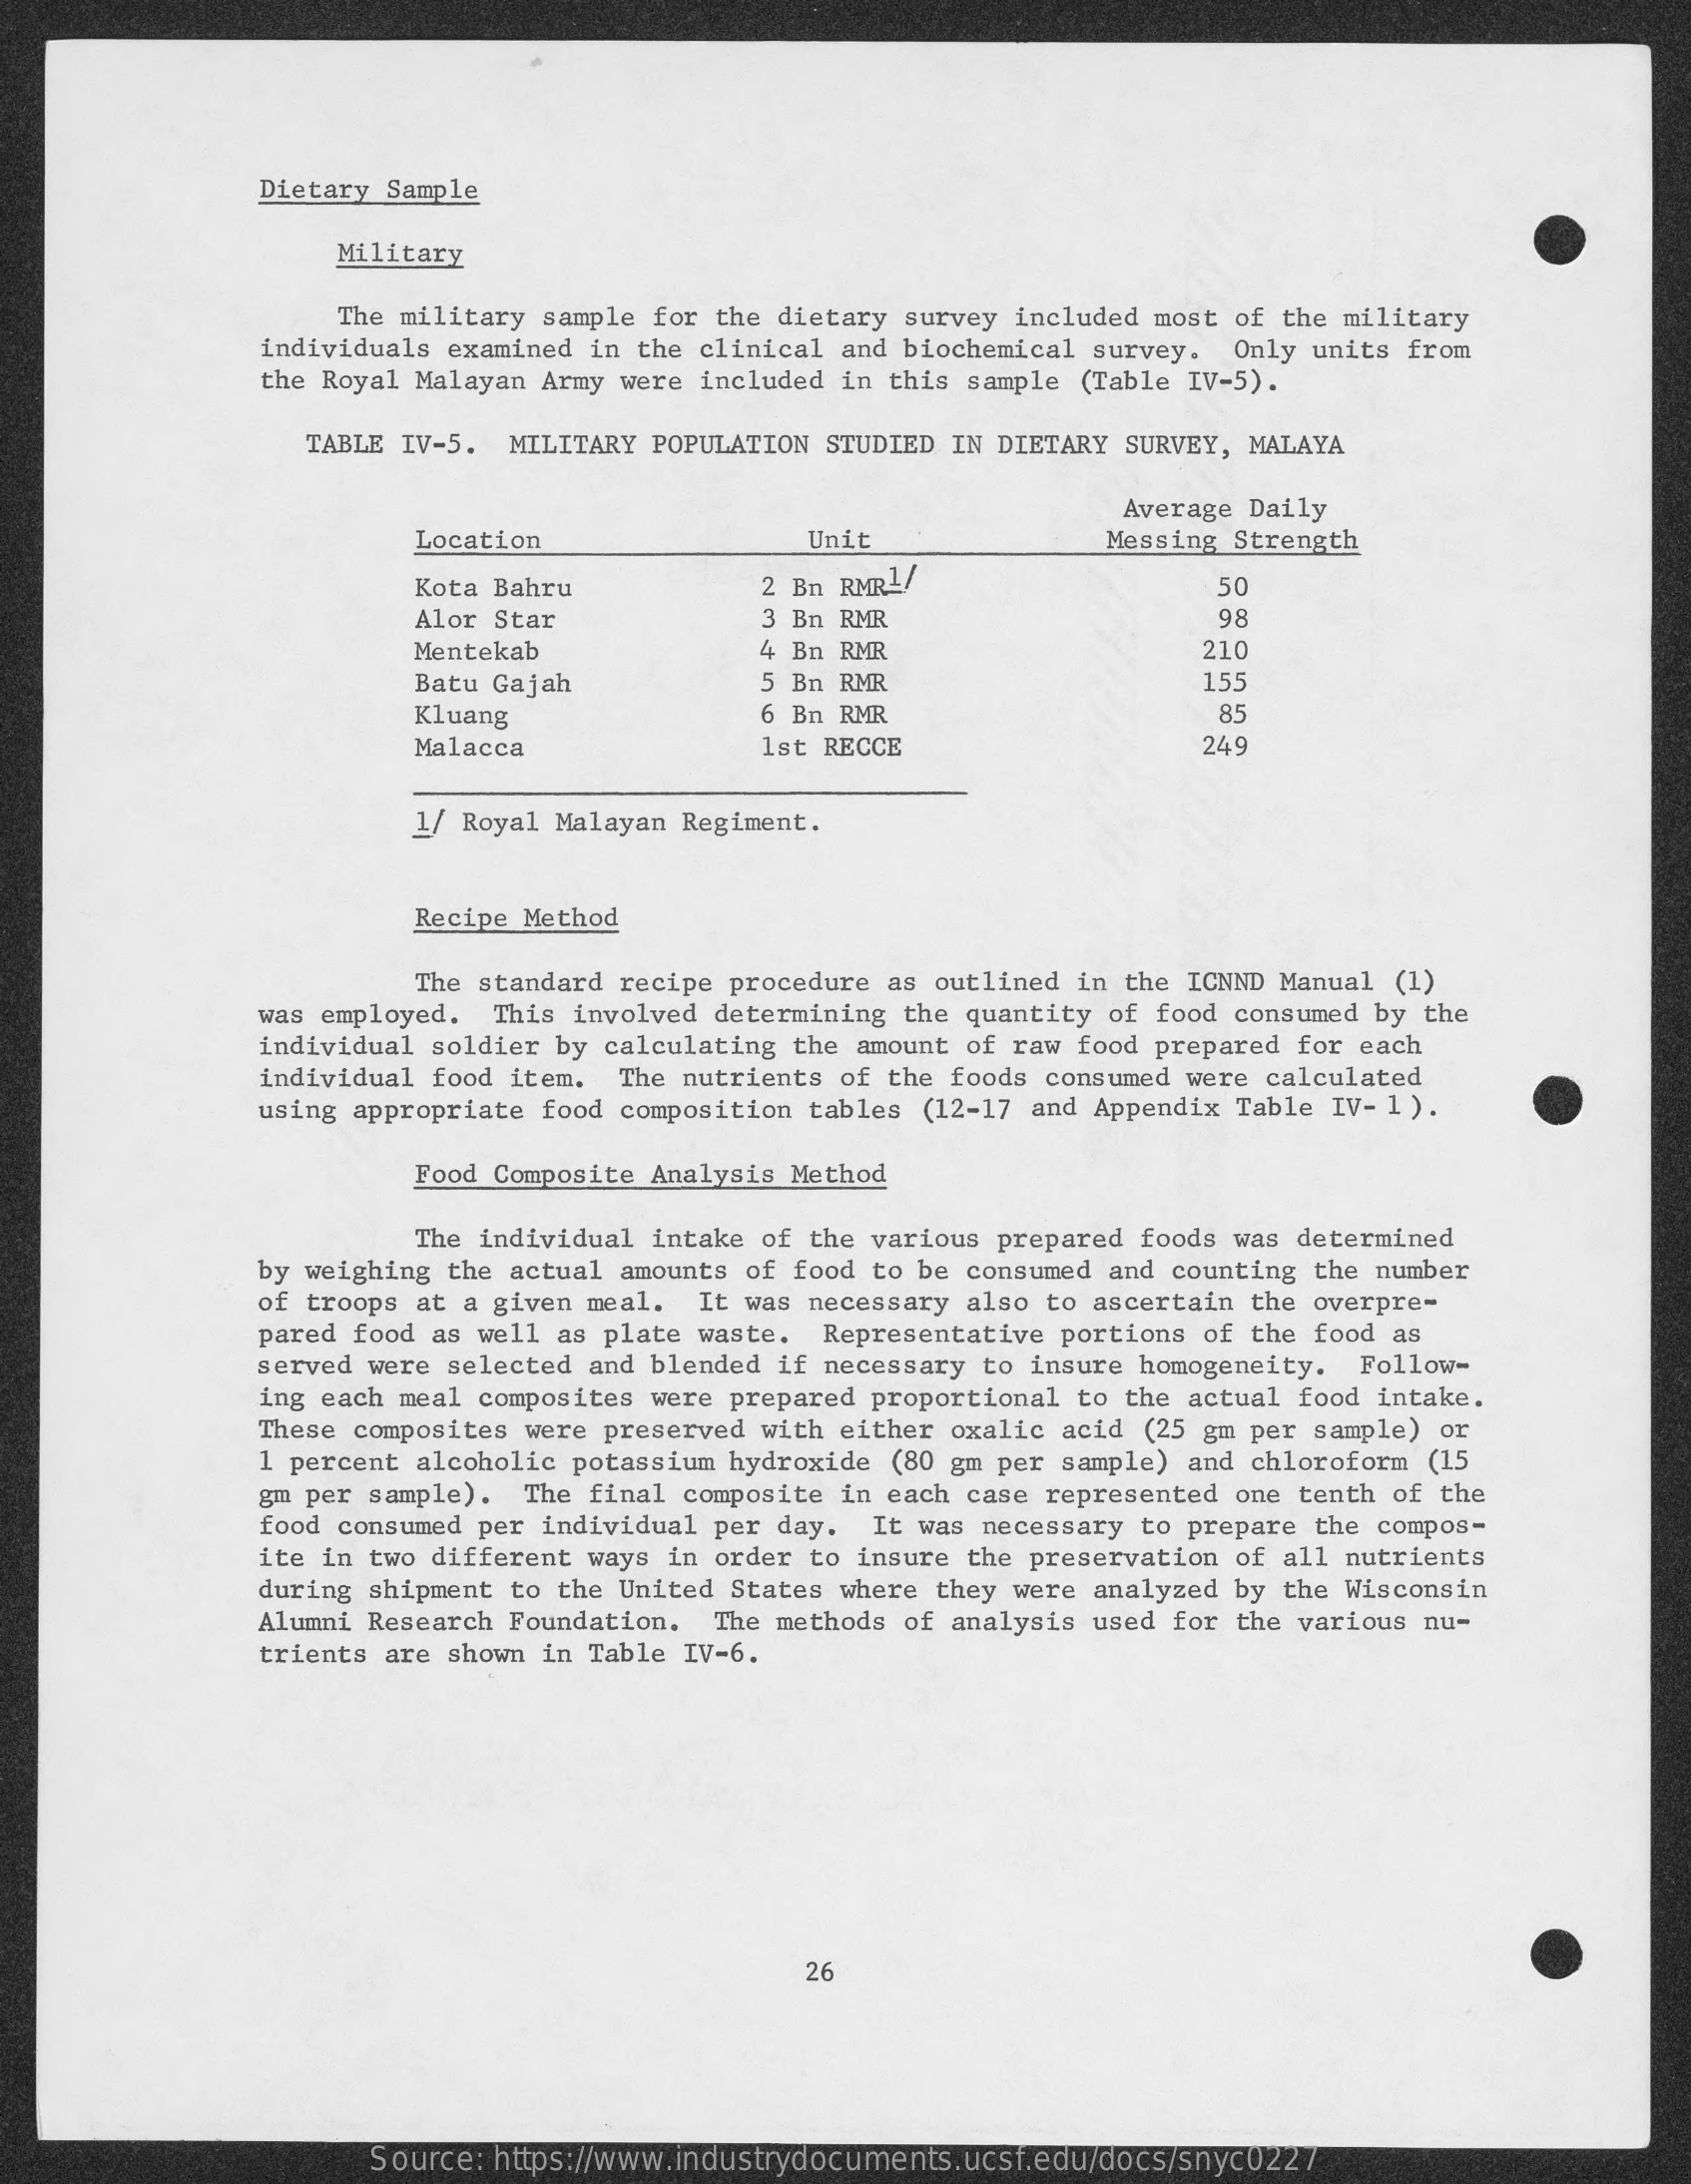
Dietary Sample
     Military
     The military sample for the dietary survey included most of the military
     individuals examined in the clinical and biochemical survey. Only units from
     the Royal Malayan Army were included in this sample (Table IV-5).
     TABLE IV-5. MILITARY POPULATION STUDIED IN DIETARY SURVEY, MALAYA
     Average Daily
     Location    Unit    Messing Strength
     Kota Bahru    2 Bn RMR1/    50
     Alor Star    3 Bn RMR    98
     Mentekab    4 Bn RMR    210
     Batu Gajah    5 Bn RMR    155
     Kluang    6 Bn RMR    85
     Malacca    1st RECCE    24
     1/ Royal Malayan Regiment.
     Recipe Method
     The standard recipe procedure as outlined in the ICNND Manual (1)
     was employed. This involved determining the quantity of food consumed by the
     individual soldier by calculating the amount of raw food prepared for each
     individual food item. The nutrients of the foods consumed were calculated
     using appropriate food composition tables (12-17 and Appendix Table IV- 1).
     Food Composite Analysis Method
     The individual intake of the various prepared foods was determined
     by weighing the actual amounts of food to be consumed and counting the number
     of troops at a given meal. It was necessary also to ascertain the overpre-
     pared food as well as plate waste. Representative portions of the food as
     served were selected and blended if necessary to insure homogeneity. Follow-
     ing each meal composites were prepared proportional to the actual food intake.
     These composites were preserved with either oxalic acid (25 gm per sample) or
     1 percent alcoholic potassium hydroxide (80 gm per sample) and chloroform (15
     gm per sample). The final composite in each case represented one tenth of the
     food consumed per individual per day. It was necessary to prepare the compos-
     ite in two different ways in order to insure the preservation of all nutrients
     during shipment to the United States where they were analyzed by the Wisconsin
     Alumni Research Foundation. The methods of analysis used for the various nu-
     trients are shown in Table IV-6.
     26
     Source: https://www.industrydocuments.ucsf.edu/docs/snyc0227